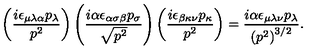
\left( \frac { i \epsilon _ { \mu \lambda \alpha } p _ { \lambda } } { p ^ { 2 } } \right) \left( \frac { i \alpha \epsilon _ { \alpha \sigma \beta } p _ { \sigma } } { \sqrt { p ^ { 2 } } } \right) \left( \frac { i \epsilon _ { \beta \kappa \nu } p _ { \kappa } } { p ^ { 2 } } \right) = \frac { i \alpha \epsilon _ { \mu \lambda \nu } p _ { \lambda } } { \left( p ^ { 2 } \right) ^ { 3 / 2 } } .